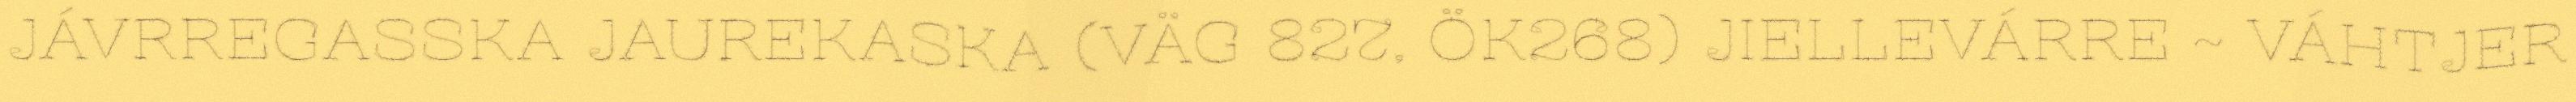
JÁVRREGASSKA JAUREKASKA (VÄG 827, ÖK268) JIELLEVÁRRE ~ VÁHTJER